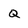
Character: Q